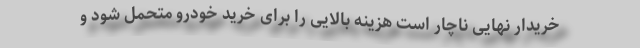
خریدار نهایی ناچار است هزینه بالایی را برای خرید خودرو متحمل شود و